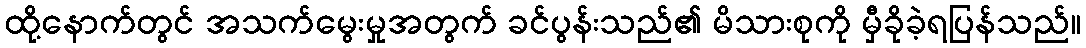
ထို့နောက်တွင် အသက်မွေးမှုအတွက် ခင်ပွန်းသည်၏ မိသားစုကို မှီခိုခဲ့ရပြန်သည်။